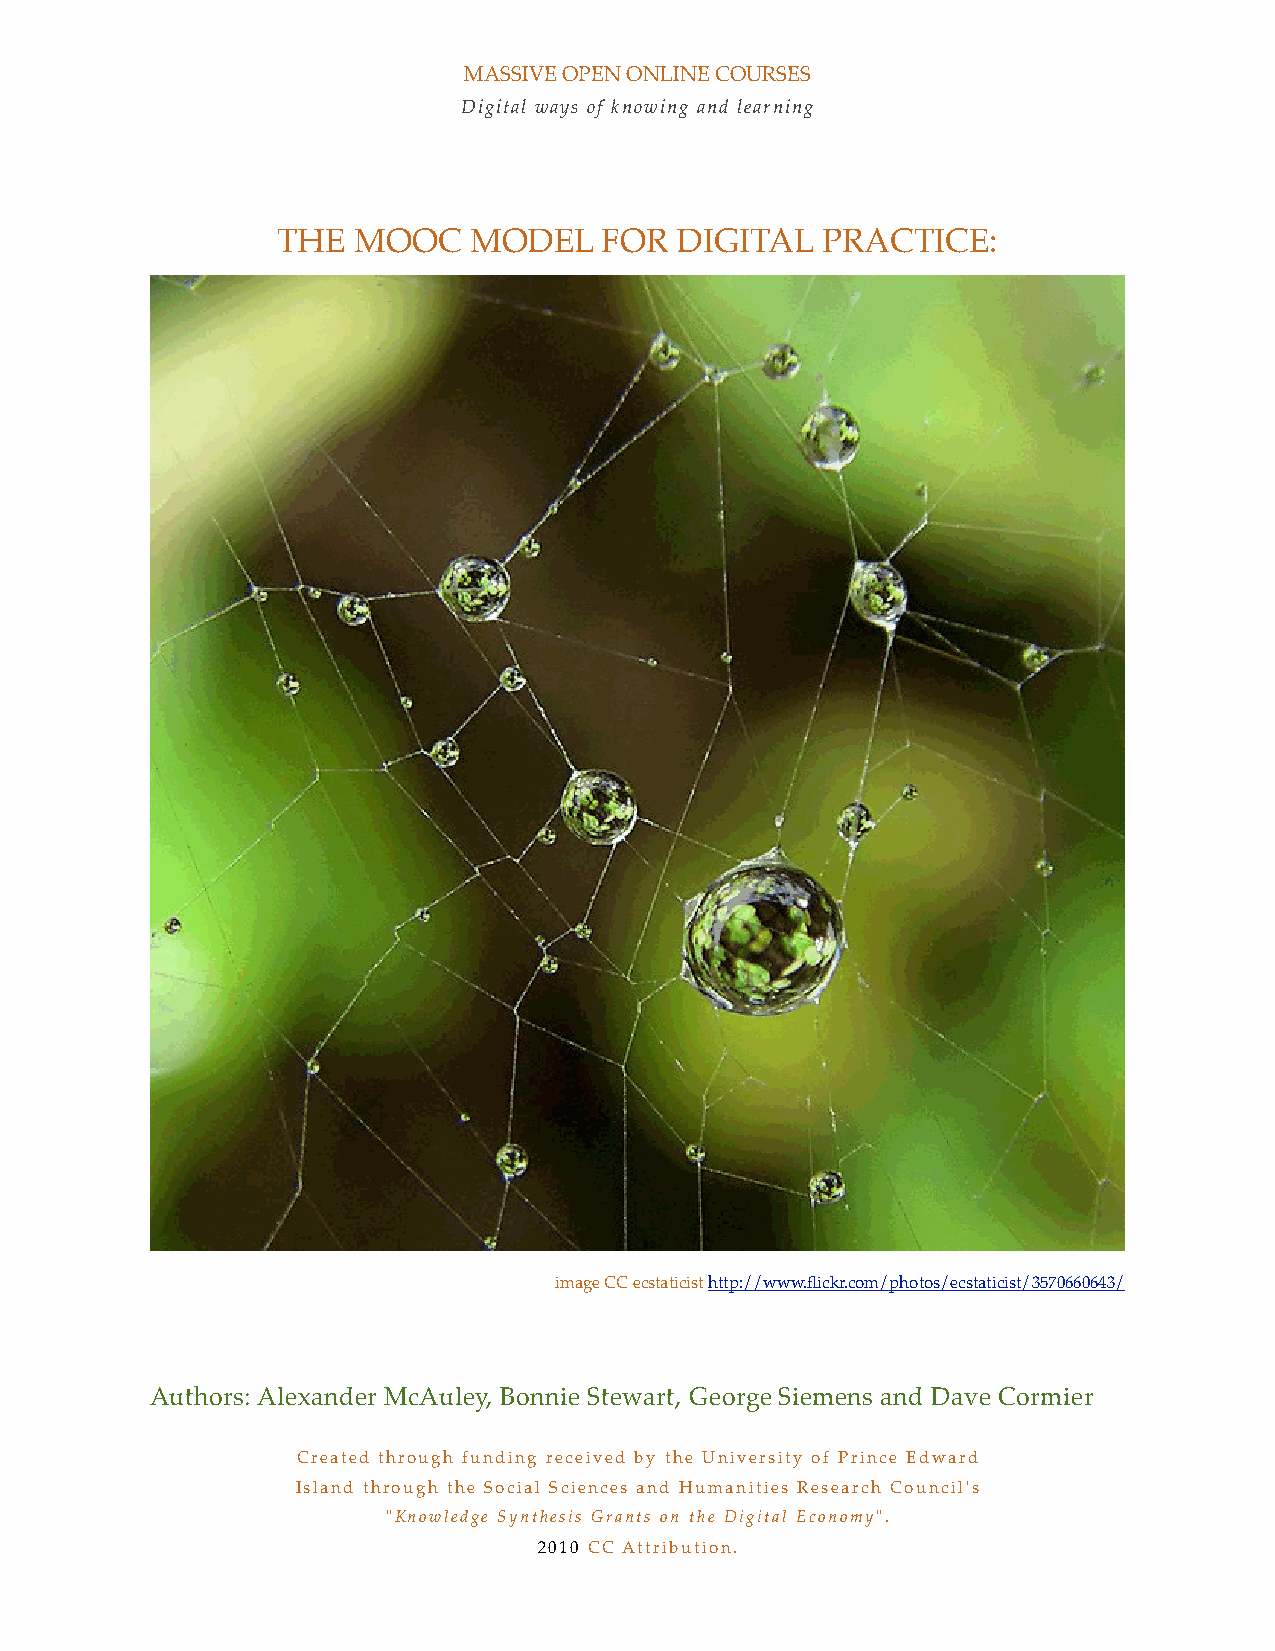
MASSIVE OPEN ONLINE COURSES
 Digital ways of knowing and learning
 THE  MOOC    MODEL    FOR  DIGITAL  PRACTICE:
 image CC ecstaticist http://www.flickr.com/photos/ecstaticist/3570660643/
 Authors: Alexander McAuley, Bonnie Stewart, George Siemens and Dave Cormier
 Created through funding received by the University of Prince Edward
 Island through the Social Sciences and Humanities Research Council's
 "Knowledge Synthesis Grants on the Digital Economy".
 2010 CC Attribution.